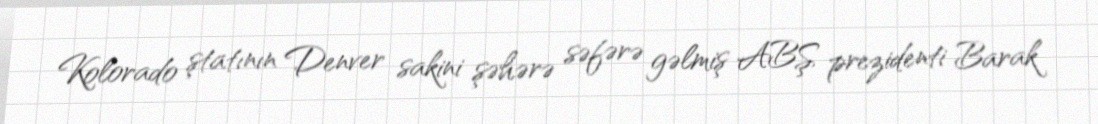
Kolorado ştatının Denver sakini şəhərə səfərə gəlmiş ABŞ prezidenti Barak